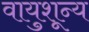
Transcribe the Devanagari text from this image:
वायुशून्य